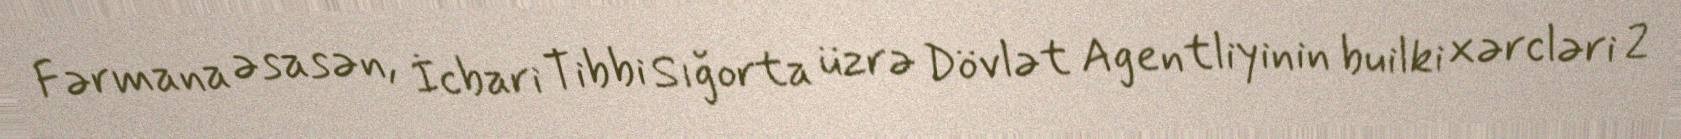
Fərmana əsasən, İcbari Tibbi Sığorta üzrə Dövlət Agentliyinin builki xərcləri 2